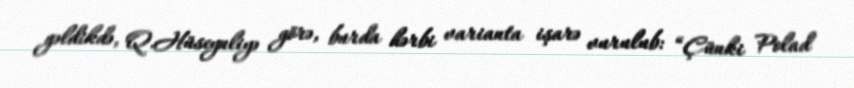
gəldikdə, Q.Hüseynliyə görə, burda hərbi varianta işarə vurulub: “Çünki Polad